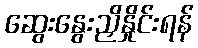
ဆွေးနွေးညှိနှိုင်းရန်